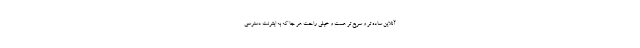
آنلاین ساده تر و سریع تر هست و خیلی راحت هر جا که به اینترنت دسترسی